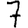
Digit: 7